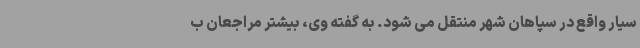
سیار واقع در سپاهان شهر منتقل می شود. به گفته وی، بیشتر مراجعان ب